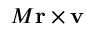
M \mathbf { r } \times \mathbf { v }